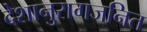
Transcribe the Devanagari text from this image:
देशानुरागजनित